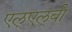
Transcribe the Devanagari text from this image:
एल्‌एल्‌बी